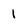
Character: 1